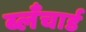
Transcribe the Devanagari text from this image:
ब्लँचार्ड